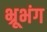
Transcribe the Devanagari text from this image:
भ्रूभंग